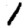
Digit: 1